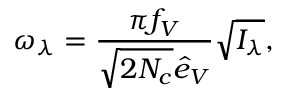
\omega _ { \lambda } = { \frac { \pi f _ { V } } { \sqrt { 2 N _ { c } } \hat { e } _ { V } } } \sqrt { I _ { \lambda } } ,